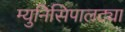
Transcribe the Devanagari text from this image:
म्युनिसिपालट्या